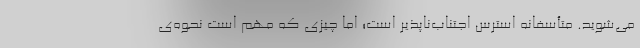
می‌شوید. متأسفانه استرس اجتناب‌ناپذیر است؛ اما چیزی که مهم است نحوه‌ی